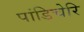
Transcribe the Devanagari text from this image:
पांडिचेरि